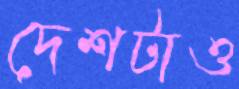
দেশটাও